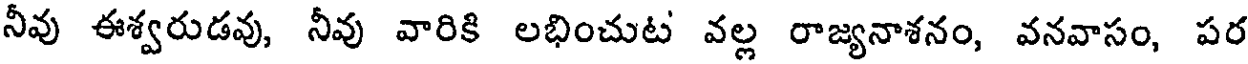
నీవు ఈశ్వరుడవు, నీవు వారికి లభించుట వల్ల రాజ్యనాశనం, వనవాసం, పర